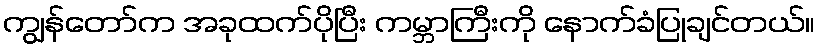
ကျွန်တော်က အခုထက်ပိုပြီး ကမ္ဘာကြီးကို နောက်ခံပြုချင်တယ်။